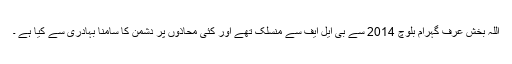
اللہ بخش عرف گہرام بلوچ 2014 سے بی ایل ایف سے منسلک تھے اور کئی محاذوں پر دشمن کا سامنا بہادری سے کیا ہے ۔